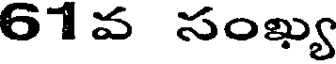
61వ సంఖ్య